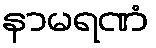
နာမရဏံ